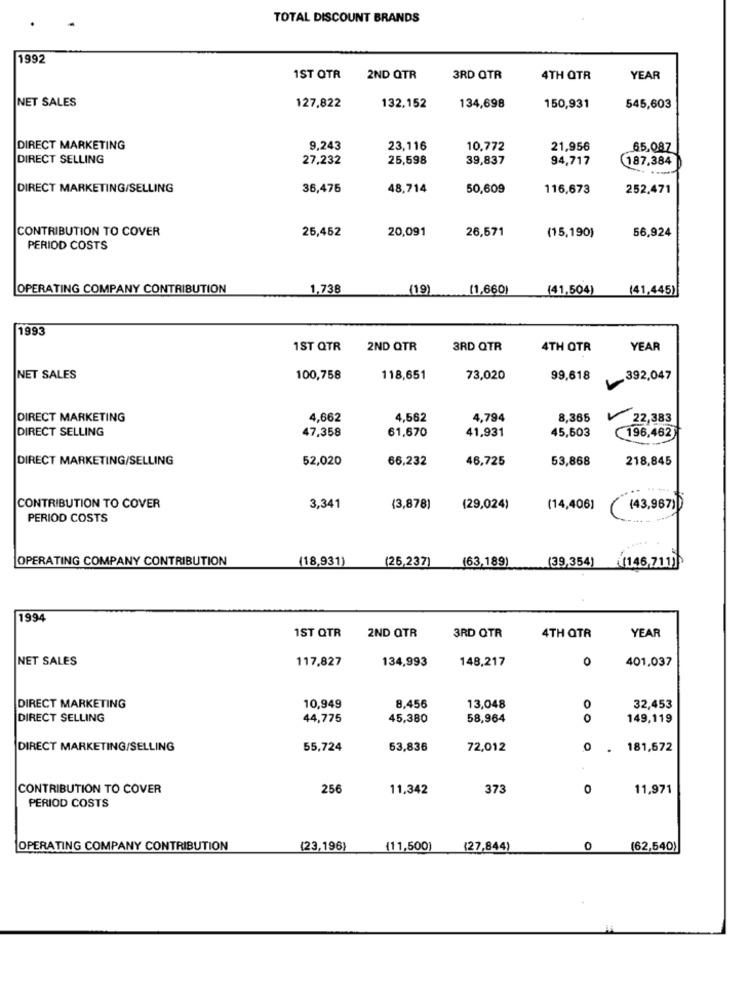
TOTAL DISCOUNT BRANDS
1992
1ST OTR
2ND QTR
3RD QTR
4TH QTR
YEAR
NET SALES
127.822
132,152
134,698
150,931
545,603
DIRECT MARKETING
9.243
23,116
10,772
21,956
65,087
DIRECT SELLING
27,232
25,598
39,837
94,717
187,384
DIRECT MARKETING/SELLING
36,475
48,714
50,609
116,673
252,471
CONTRIBUTION TO COVER
25,452
20,091
26,571
56,924
(15,190)
PERIOD COSTS
OPERATING COMPANY CONTRIBUTION
1,738
(19)
(1,660)
(41,504)
(41,445)
1993
1ST QTR
2ND QTR
3RD QTR
4TH QTR
YEAR
NET SALES
100,758
118,651
73,020
99,618
392,047
DIRECT MARKETING
4,662
4,562
4,794
8,365
22,383
DIRECT SELLING
47,358
45,603
196,462
61,670
41,931
DIRECT MARKETING/SELLING
52,020
66,232
46,725
53,868
218,845
CONTRIBUTION TO COVER
3,341
(3,878)
(29,024)
(14,406)
(43,967))
PERIOD COSTS
OPERATING COMPANY CONTRIBUTION
(18,931)
(26,237)
(63,189)
(39,354) (146,711)
1994
2ND QTR
YEAR
1ST QTR
3RD QTR
4TH QTR
NET SALES
117,827
134,993
148,217
0
401,037
DIRECT MARKETING
10,949
8,456
13,048
0
32,453
DIRECT SELLING
44,775
45,380
58,964
149,119
DIRECT MARKETING/SELLING
55,724
53,836
72,012
0
181,672
CONTRIBUTION TO COVER
256
11,342
373
11,971
PERIOD COSTS
OPERATING COMPANY CONTRIBUTION
(23,196)
(11,500)
(27,844)
0
(62,540)